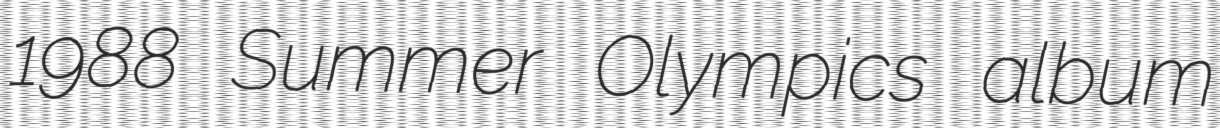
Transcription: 1988 Summer Olympics album